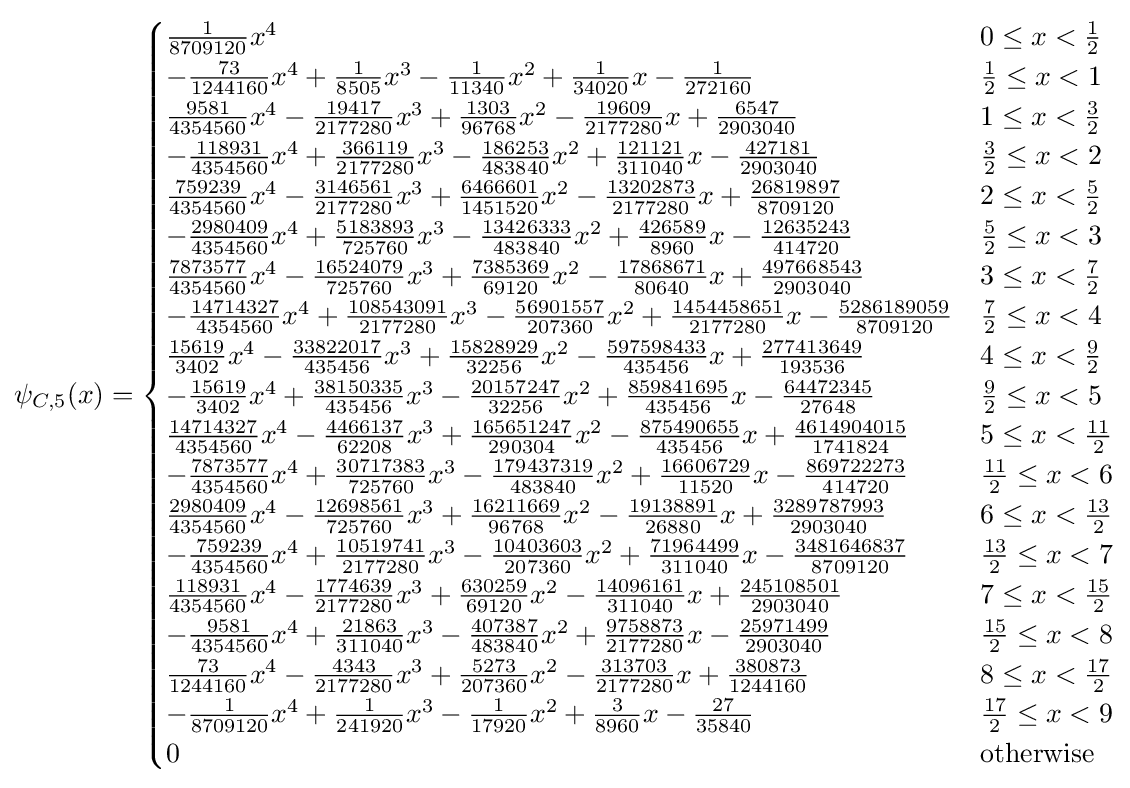
\psi _{C,5}(x)={\begin{cases}{\frac {1}{8709120}}x^{4}&0\leq x<{\frac {1}{2}}\\-{\frac {73}{1244160}}x^{4}+{\frac {1}{8505}}x^{3}-{\frac {1}{11340}}x^{2}+{\frac {1}{34020}}x-{\frac {1}{272160}}&{\frac {1}{2}}\leq x<1\\{\frac {9581}{4354560}}x^{4}-{\frac {19417}{2177280}}x^{3}+{\frac {1303}{96768}}x^{2}-{\frac {19609}{2177280}}x+{\frac {6547}{2903040}}&1\leq x<{\frac {3}{2}}\\-{\frac {118931}{4354560}}x^{4}+{\frac {366119}{2177280}}x^{3}-{\frac {186253}{483840}}x^{2}+{\frac {121121}{311040}}x-{\frac {427181}{2903040}}&{\frac {3}{2}}\leq x<2\\{\frac {759239}{4354560}}x^{4}-{\frac {3146561}{2177280}}x^{3}+{\frac {6466601}{1451520}}x^{2}-{\frac {13202873}{2177280}}x+{\frac {26819897}{8709120}}&2\leq x<{\frac {5}{2}}\\-{\frac {2980409}{4354560}}x^{4}+{\frac {5183893}{725760}}x^{3}-{\frac {13426333}{483840}}x^{2}+{\frac {426589}{8960}}x-{\frac {12635243}{414720}}&{\frac {5}{2}}\leq x<3\\{\frac {7873577}{4354560}}x^{4}-{\frac {16524079}{725760}}x^{3}+{\frac {7385369}{69120}}x^{2}-{\frac {17868671}{80640}}x+{\frac {497668543}{2903040}}&3\leq x<{\frac {7}{2}}\\-{\frac {14714327}{4354560}}x^{4}+{\frac {108543091}{2177280}}x^{3}-{\frac {56901557}{207360}}x^{2}+{\frac {1454458651}{2177280}}x-{\frac {5286189059}{8709120}}&{\frac {7}{2}}\leq x<4\\{\frac {15619}{3402}}x^{4}-{\frac {33822017}{435456}}x^{3}+{\frac {15828929}{32256}}x^{2}-{\frac {597598433}{435456}}x+{\frac {277413649}{193536}}&4\leq x<{\frac {9}{2}}\\-{\frac {15619}{3402}}x^{4}+{\frac {38150335}{435456}}x^{3}-{\frac {20157247}{32256}}x^{2}+{\frac {859841695}{435456}}x-{\frac {64472345}{27648}}&{\frac {9}{2}}\leq x<5\\{\frac {14714327}{4354560}}x^{4}-{\frac {4466137}{62208}}x^{3}+{\frac {165651247}{290304}}x^{2}-{\frac {875490655}{435456}}x+{\frac {4614904015}{1741824}}&5\leq x<{\frac {11}{2}}\\-{\frac {7873577}{4354560}}x^{4}+{\frac {30717383}{725760}}x^{3}-{\frac {179437319}{483840}}x^{2}+{\frac {16606729}{11520}}x-{\frac {869722273}{414720}}&{\frac {11}{2}}\leq x<6\\{\frac {2980409}{4354560}}x^{4}-{\frac {12698561}{725760}}x^{3}+{\frac {16211669}{96768}}x^{2}-{\frac {19138891}{26880}}x+{\frac {3289787993}{2903040}}&6\leq x<{\frac {13}{2}}\\-{\frac {759239}{4354560}}x^{4}+{\frac {10519741}{2177280}}x^{3}-{\frac {10403603}{207360}}x^{2}+{\frac {71964499}{311040}}x-{\frac {3481646837}{8709120}}&{\frac {13}{2}}\leq x<7\\{\frac {118931}{4354560}}x^{4}-{\frac {1774639}{2177280}}x^{3}+{\frac {630259}{69120}}x^{2}-{\frac {14096161}{311040}}x+{\frac {245108501}{2903040}}&7\leq x<{\frac {15}{2}}\\-{\frac {9581}{4354560}}x^{4}+{\frac {21863}{311040}}x^{3}-{\frac {407387}{483840}}x^{2}+{\frac {9758873}{2177280}}x-{\frac {25971499}{2903040}}&{\frac {15}{2}}\leq x<8\\{\frac {73}{1244160}}x^{4}-{\frac {4343}{2177280}}x^{3}+{\frac {5273}{207360}}x^{2}-{\frac {313703}{2177280}}x+{\frac {380873}{1244160}}&8\leq x<{\frac {17}{2}}\\-{\frac {1}{8709120}}x^{4}+{\frac {1}{241920}}x^{3}-{\frac {1}{17920}}x^{2}+{\frac {3}{8960}}x-{\frac {27}{35840}}&{\frac {17}{2}}\leq x<9\\0&{\text{otherwise}}\end{cases}}